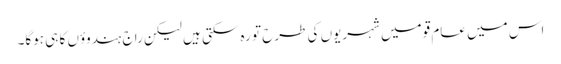
اس میں عام قومیں شہریوں کی طرح تو رہ سکتی ہیں لیکن راج ہندوؤں کا ہی ہوگا۔